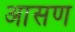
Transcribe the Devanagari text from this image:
आसण